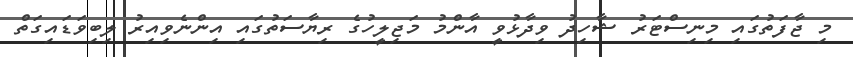
މި ޖާފަތުގައި މިނިސްޓަރު ޝާހިދު ވިދާޅުވީ އާންމު މަޖިލީހުގެ ރިޔާސަތުގައި އިންނެވިއިރު ލިބިވަޑައިގަތް